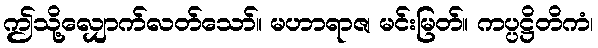
ဤသို့လျှောက်လတ်သော်။ မဟာရာဇ၊ မင်းမြတ်။ ကပ္ပဋ္ဌိတိကံ၊